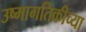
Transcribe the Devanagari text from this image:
उष्मागतिकीच्या